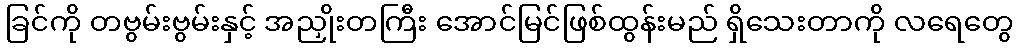
ခြင်ကို တဗွမ်းဗွမ်းနှင့် အညှိုးတကြီး အောင်မြင်ဖြစ်ထွန်းမည် ရှိသေးတာကို လရေတွေ